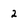
Character: 2